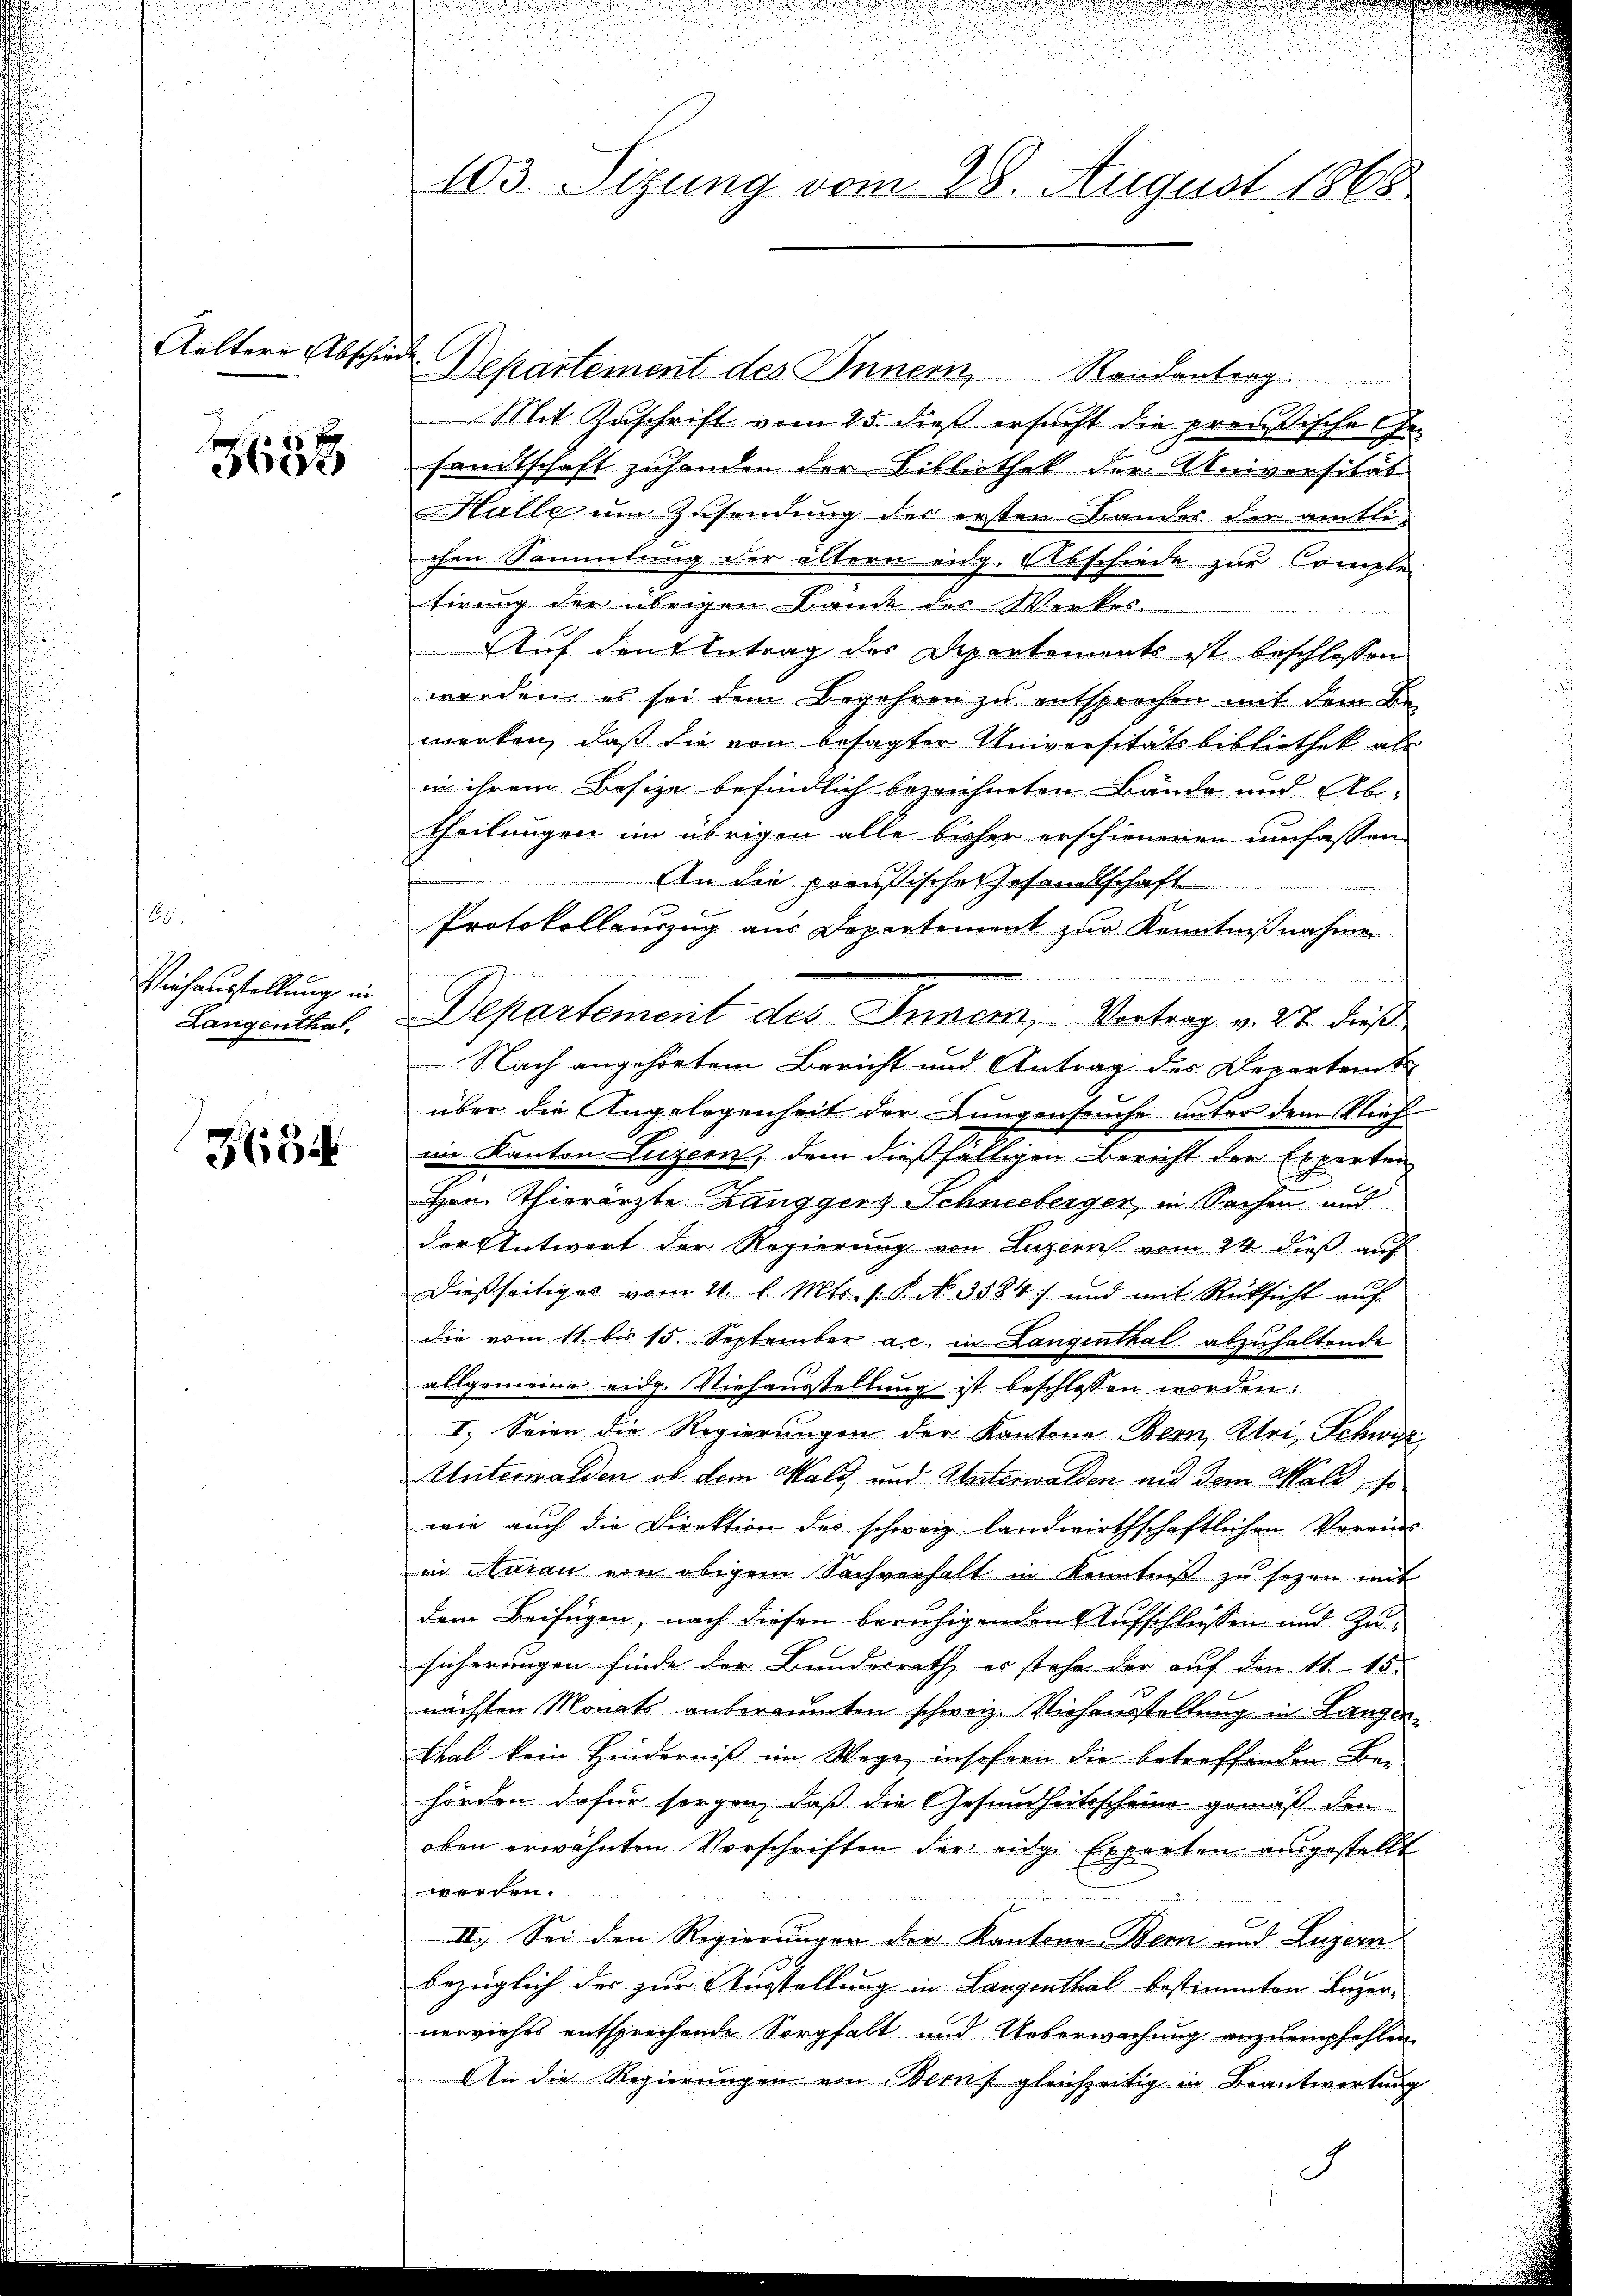
Kältern Abschiede

35

1
Fis
Einhausstellung in
Langenthal.

H34

103. Sizung vom 28. August 1868

Departement des Innern, Randantrag
Mit Zuschrift vom 25. dieß ersucht die preußische Gesandtschaft zuhanden der Billiothek der Universität
Halle um Zusendung der ersten Bander der amtli-
chen Sammlung der ältern eidg. Abschiede zur Comple
tirung der übrigen Bande des Werkes
Auf den Antrag des Departements ist beschlossen
worden, es sei dem Begehren zu entsprechen mit dem Be-
merken, daß die von besagter Universitätsbibliothek als
in ihrem Besize befindlich bezeichneten Bände und Ab-
theilungen im übrigen alle bisher erschienenen umfassen-
An die preußische Gesandtschaft
e
Protokollauszug aus Departement zur Kenntnißnahmen
Departement des Inner, Vortrag v. 27. dieß
Nach angehörtem Bericht und Antrag des Departent
über die Angelegenheit der Lungenseuche unter dem Niefim Kanton Luzern, dem dießfälligen Bericht der Experten
Hrn. Thierärzte Zanggers Schneeberger, in Sachen und
der Antwort der Regierung von Luzern vom 24. dieß auf
dießseitiges vom 21. l. Mts. s. S. No. 3584) und mit Rücksicht auf
die vom 11. bis 15. September ac. in Langenthal abzuhaltende
allgemeine eidg. Viehausstellung ist beschlossen worden:
I. Seien die Regierungen der Kantone Bern, Uri, Schwyz
Unterwalden, ob dem Wald, und Unterwalden und dem Wald, sowie auch die Direktion des schweiz. landwirthschaftlichen Vereins
in Aarau von obigem Sachverhalt in Kenntniß zu sezen mit
dem Beifügen, nach diesen beruhigenden Aufschlüssen und Zusicherungen finde der Bundesrath, es stehe der auf den 11. 15.
nächsten Monats anberaumten schweiz. Viehenstellung in Langenthal kein Hinderniß im Wege, insofern die betreffenden Behörden dafür sorgen, daß die Gesundheitsscheine gemäß den
oben erwähnten Vorschriften der eige Experten ausgestellt
e

II.) Sei den Regierungen der Kantons Bern und Luzern
bezüglich der zur Ausstellung in Langenthal bestimmten Luzer-
nerviehes entsprechende Sorgfalt und Ueberwachung anzuempfehlen
An die Regierungen von Beruf gleichzeitig in Beantwortung

.